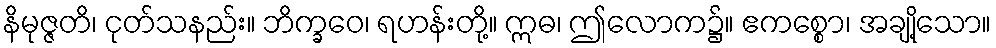
နိမုဇ္ဇတိ၊ ငုတ်သနည်း။ ဘိက္ခဝေ၊ ရဟန်းတို့။ ဣဓ၊ ဤလောက၌။ ဧကစ္စော၊ အချို့သော။